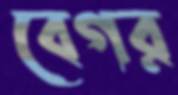
বেগর